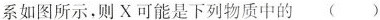
系如图所示，则X可能是下列物质中的（）